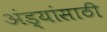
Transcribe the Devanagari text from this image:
अंड्यांसाठी